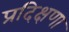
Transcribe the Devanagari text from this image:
प्रदिक्षणा